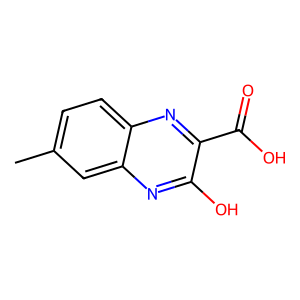
SMILES: Cc1ccc2nc(C(=O)O)c(O)nc2c1
Inhibits HIV replication: No